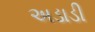
અડાડી